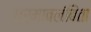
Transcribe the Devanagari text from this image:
धर्मावलंबिता